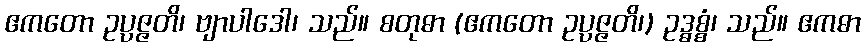
ဧကတော ဥပ္ပဇ္ဇတိ၊ ဗျာပါဒေါ၊ သည်။ စတုဓာ (ဧကတော ဥပ္ပဇ္ဇတိ၊) ဥဒ္ဓစ္စံ၊ သည်။ ဧကဓာ